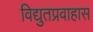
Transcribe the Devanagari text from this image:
विद्युतप्रवाहास